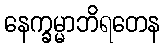
နေက္ခမ္မာဘိရတေန